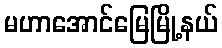
မဟာအောင်မြေမြို့နယ်